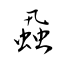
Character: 蝨